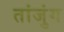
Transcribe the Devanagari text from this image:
तांजुंग